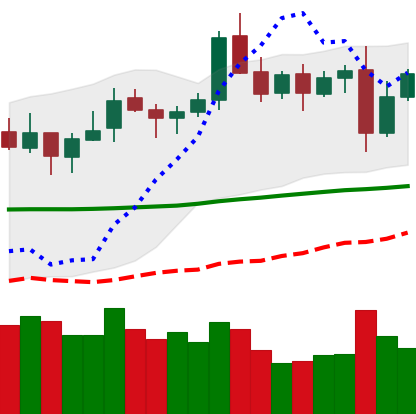
Ticker: LTC-USD
Chart end date: 2021-10-29
Forward return: 5.483%
Label: up_5_7